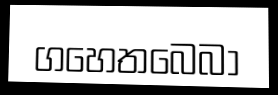
ගහෙතබෙබා